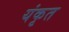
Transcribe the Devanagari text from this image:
यंकृत